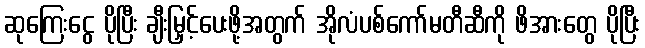
ဆုကြေးငွေ ပိုပြီး ချီးမြှင့်ပေးဖို့အတွက် အိုလံပစ်ကော်မတီဆီကို ဖိအားတွေ ပိုပြီး